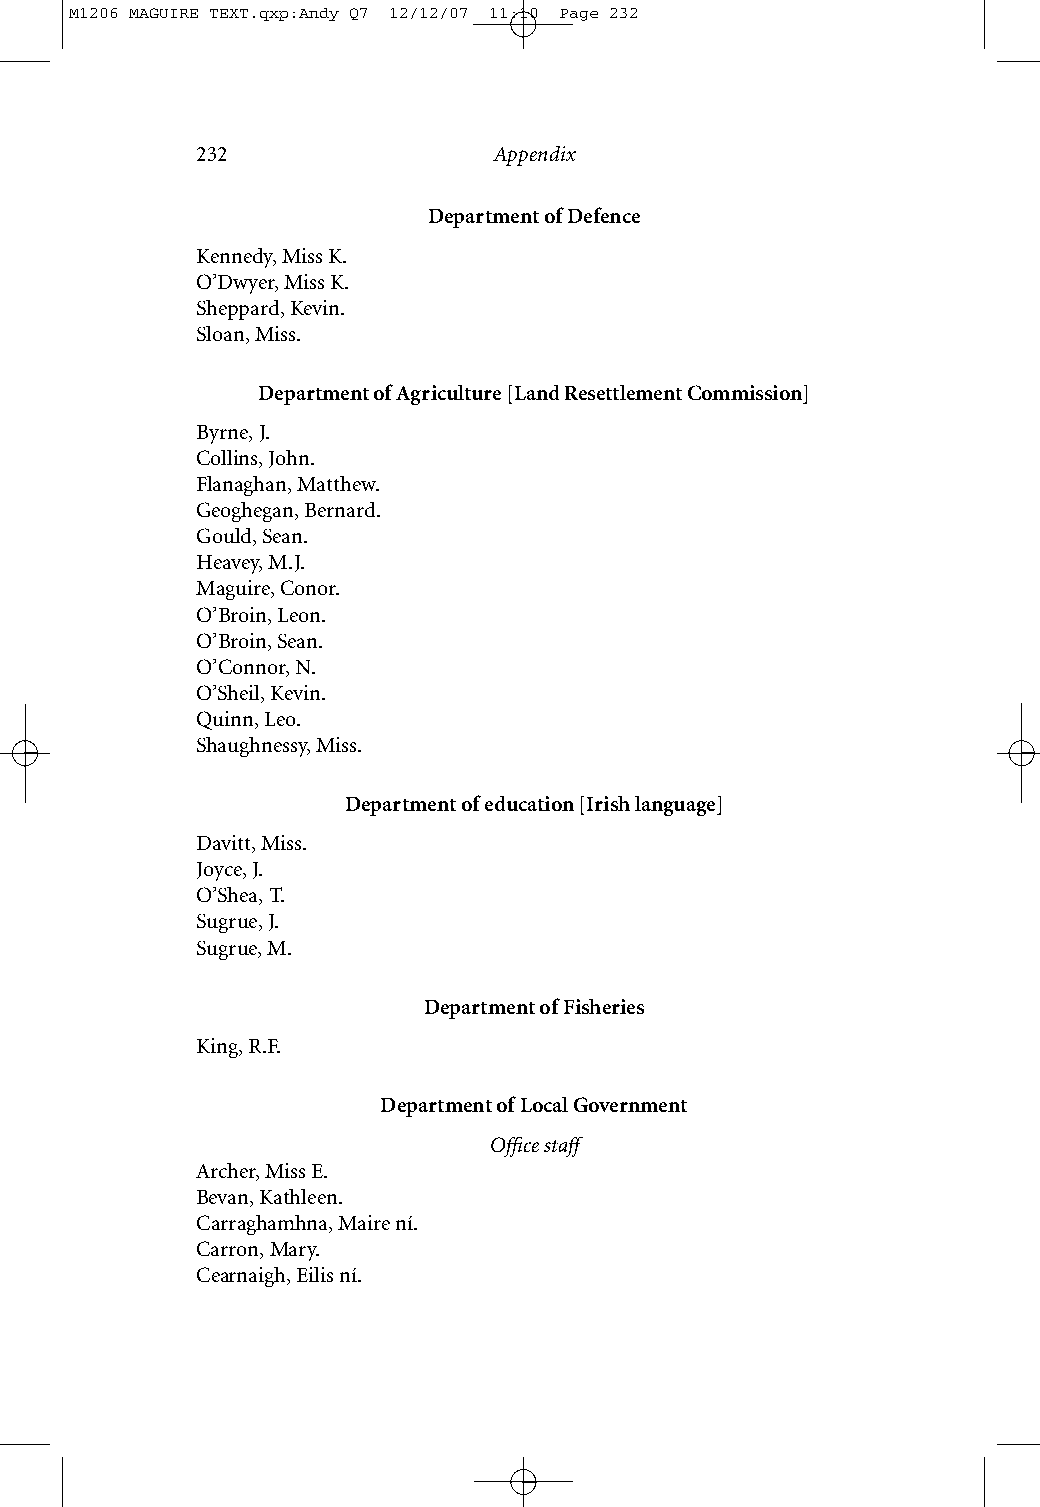
M1206 MAGUIRE TEXT.qxp:Andy Q7 12/12/07 11:10 Page 232
 232                 Appendix
 Department of Defence
 Kennedy, Miss K.
 O’Dwyer, Miss K.
 Sheppard, Kevin.
 Sloan, Miss.
 Department of Agriculture [Land Resettlement Commission]
 Byrne, J.
 Collins, John.
 Flanaghan, Matthew.
 Geoghegan, Bernard.
 Gould, Sean.
 Heavey, M.J.
 Maguire, Conor.
 O’Broin, Leon.
 O’Broin, Sean.
 O’Connor, N.
 O’Sheil, Kevin.
 Quinn, Leo.
 Shaughnessy, Miss.
 Department of education [Irish language]
 Davitt, Miss.
 Joyce, J.
 O’Shea, T.
 Sugrue, J.
 Sugrue, M.
 Department of Fisheries
 King, R.F.
 Department of Local Government
 Office staff
 Archer, Miss E.
 Bevan, Kathleen.
 Carraghamhna, Maire ní.
 Carron, Mary.
 Cearnaigh, Eilis ní.